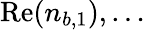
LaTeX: \mathrm{Re}(n_{b,1}),\ldots